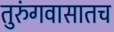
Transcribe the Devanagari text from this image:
तुरुंगवासातच